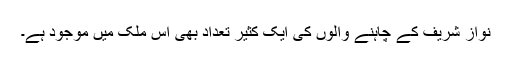
نواز شریف کے چاہنے والوں کی ایک کثیر تعداد بھی اس ملک میں موجود ہے۔